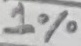
Text: 1%